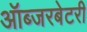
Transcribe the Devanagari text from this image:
ऑब्‍जरबेटरी